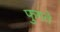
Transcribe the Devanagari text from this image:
फुगते